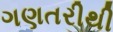
ગણતરીથી